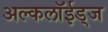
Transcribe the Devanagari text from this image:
अल्कलॉईड्‌ज